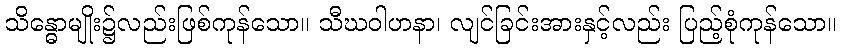
သိန္ဓောမျိုး၌လည်းဖြစ်ကုန်သော။ သီဃဝါဟနာ၊ လျင်ခြင်းအားနှင့်လည်း ပြည့်စုံကုန်သော။